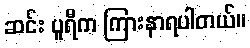
ဆင်း ပူရီက ကြားနာရပါတယ်။